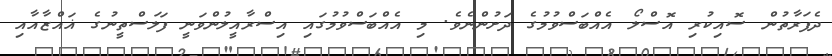
ދެފަރާތުން ސޮއިކުރި އޮސްލޯ އެއްބަސްވުމުގެ ދަށުންނެވެ. މި އެއްބަސްވުމުގައި އިސްރާއީލުންވަނީ ފަލަސްތީނުގެ ޣައްޒާއާއި